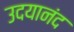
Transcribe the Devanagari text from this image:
उदयानंद